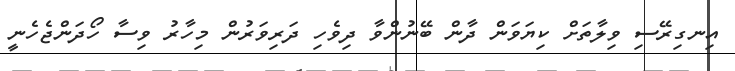
އިނގިރޭސި ވިލާތަށް ކިޔަވަން ދާން ބޭނުންވާ ދިވެހި ދަރިވަރުން މިހާރު ވިސާ ހޯދަންޖެހެނީ